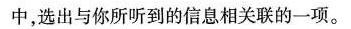
中，选出与你所听到的信息相关联的一项。